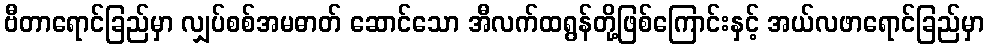
ဗီတာရောင်ခြည်မှာ လျှပ်စစ်အမဓာတ် ဆောင်သော အီလက်ထရွန်တို့ဖြစ်ကြောင်းနှင့် အယ်လဖာရောင်ခြည်မှာ